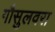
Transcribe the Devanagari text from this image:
गौसुलवरा